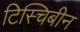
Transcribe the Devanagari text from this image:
टिस्चिबीन